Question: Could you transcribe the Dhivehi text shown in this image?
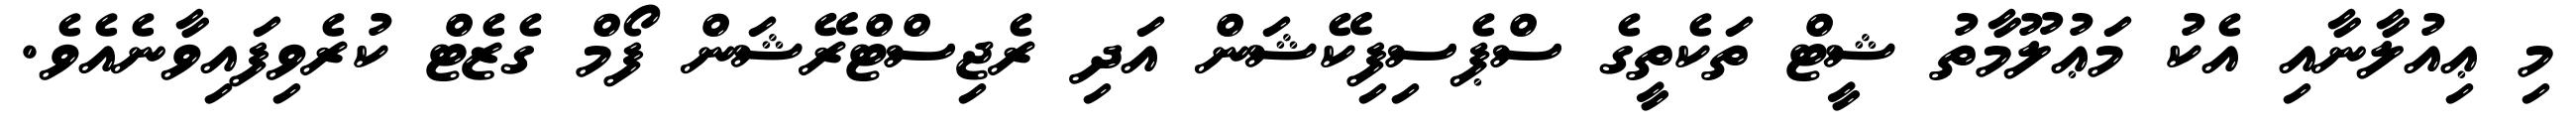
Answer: މި ޢިއުލާނާއި އެކު މަޢުލޫމާތު ޝީޓް ތަކެތީގެ ސްޕެސިފިކޭޝަން އަދި ރެޖިސްޓްރޭޝަން ފޯމް ގެޒެޓް ކުރެވިފައިވާނެއެވެ.